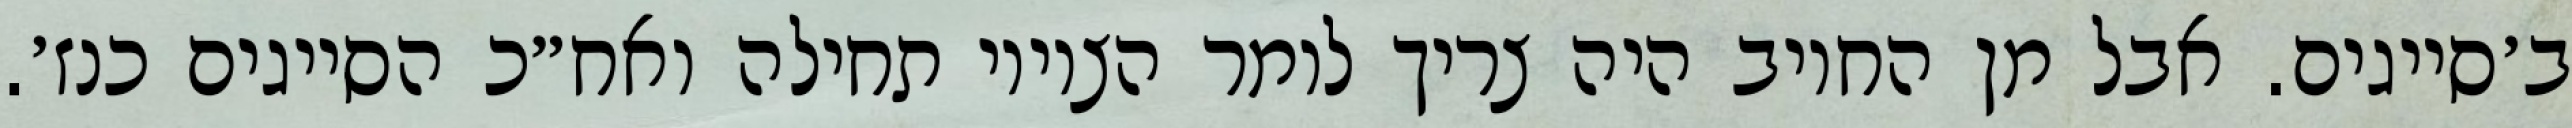
ב׳סייגים. אבל מן החיוב היה צריך לומר הציווי תחילה ואח״כ הסייגים כנז׳.